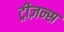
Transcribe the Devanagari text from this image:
ट्रीज़न्स